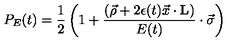
P _ { E } ( t ) = { \frac { 1 } { 2 } } \left( 1 + { \frac { ( \vec { \rho } + 2 \epsilon ( t ) \vec { x } \cdot { \bf L } ) } { E ( t ) } } \cdot \vec { \sigma } \right)